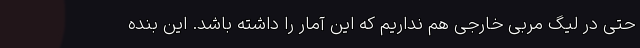
حتی در لیگ مربی خارجی هم نداریم که این آمار را داشته باشد. این بنده